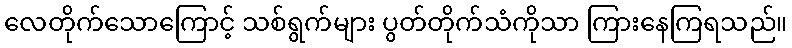
လေတိုက်သောကြောင့် သစ်ရွက်များ ပွတ်တိုက်သံကိုသာ ကြားနေကြရသည်။